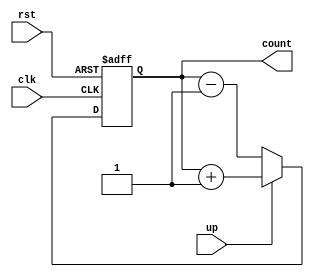
module up_down_counter (
  input wire clk,
  input wire rst,
  input wire up,
  output reg [3:0] count
);

always @(posedge clk or posedge rst) begin
  if (rst) begin
    count <= 4'b0000;
  end else begin
    if (up) begin
      count <= count + 1;
    end else begin
      count <= count - 1;
    end
  end
end

endmodule